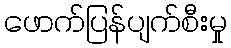
ဖောက်ပြန်ပျက်စီးမှု